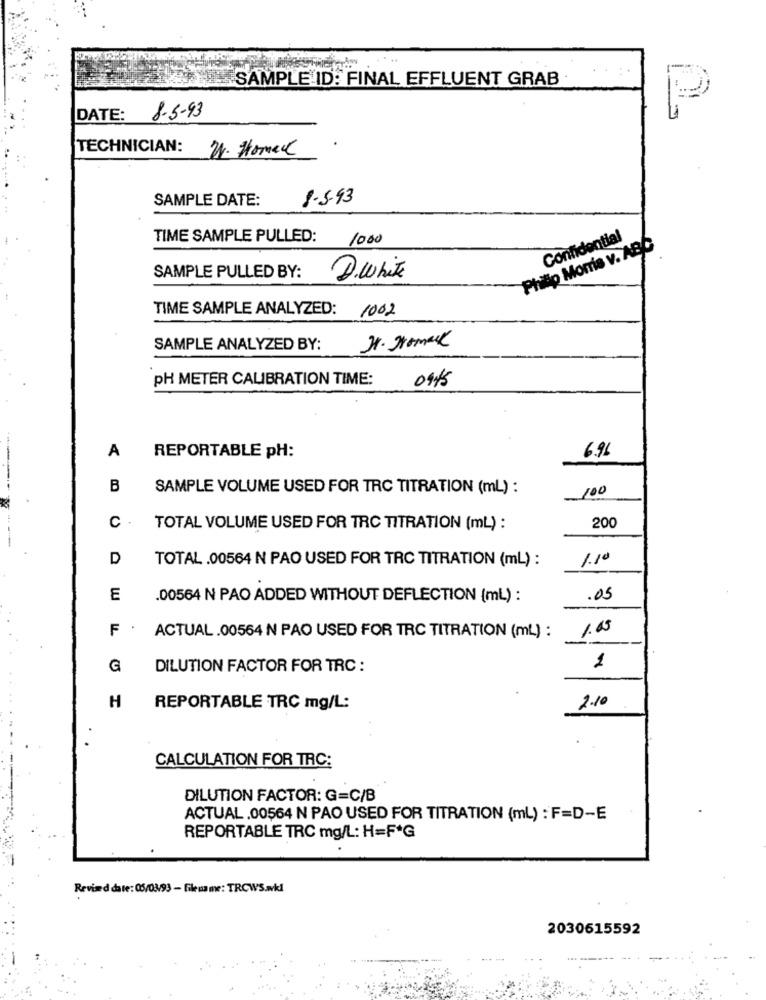
SAMPLE ID: FINAL EFFLUENT GRAB
DATE:
8.5-93
TECHNICIAN:
W. Homac
.
SAMPLE DATE:
8.5-43
TIME SAMPLE PULLED:
1000
Confidential
Philip Morris v. ABC
SAMPLE PULLED BY:
D.white
TIME SAMPLE ANALYZED:
1002
SAMPLE ANALYZED BY:
J. gomes
PH METER CALIBRATION TIME:
0945
REPORTABLE PH:
6.96
A
B
SAMPLE VOLUME USED FOR TRC TITRATION (mL) :
100
c
TOTAL VOLUME USED FOR TRC TITRATION (mL) :
200
D
1.10
TOTAL.00564 N PAO USED FOR TRC TITRATION (mL) :
E
.00564 N PAO ADDED WITHOUT DEFLECTION (mL) :
.05
F
1.05
ACTUAL .00564 N PAO USED FOR TRC TITRATION (mL) :
G
DILUTION FACTOR FOR TRC :
1
H
REPORTABLE TRC mg/L:
2.10
CALCULATION FOR TRC:
DILUTION FACTOR: G=C/B
ACTUAL .00564 N PAO USED FOR TITRATION (mL) : F=D-E
REPORTABLE TRC mg/L: H=F*G
Revised date: 05/03/93 - File name: TRCWS.avkl
2030615592